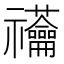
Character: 𰨙